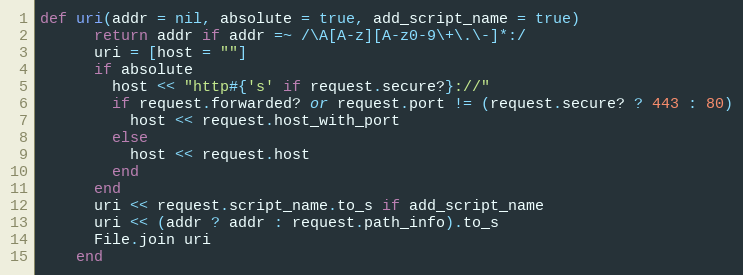
Language: Ruby
def uri(addr = nil, absolute = true, add_script_name = true)
      return addr if addr =~ /\A[A-z][A-z0-9\+\.\-]*:/
      uri = [host = ""]
      if absolute
        host << "http#{'s' if request.secure?}://"
        if request.forwarded? or request.port != (request.secure? ? 443 : 80)
          host << request.host_with_port
        else
          host << request.host
        end
      end
      uri << request.script_name.to_s if add_script_name
      uri << (addr ? addr : request.path_info).to_s
      File.join uri
    end